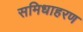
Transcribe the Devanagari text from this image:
समिधाहरण